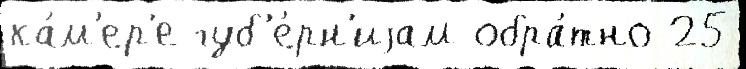
ка́м'ер'е губ'е́рн'иjам обра́тно 25